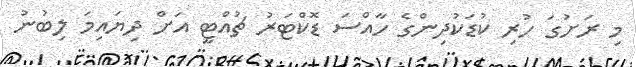
މި ރަށުގަ ހުރި ކުޑަކުދިންގެ ހާއްސަ ޑޮކްޓަރު ޗުއްޓީ އަށް ދިޔައިމަ ލިބުނު